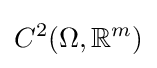
C^{2}(\Omega ,\mathbb {R} ^{m})